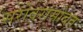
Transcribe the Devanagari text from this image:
सरोवरासोबत